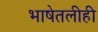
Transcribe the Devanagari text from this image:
भाषेतलीही